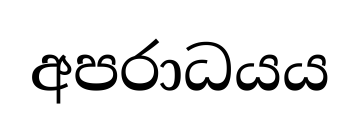
අපරාධයය